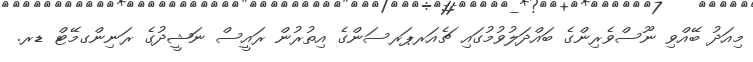
މިއަދު ބޭއްވި ނޫސްވެރިންގެ ބައްދަލުވުމުގައި ޗެއަރޕަރސަންގެ އިތުރުން ރައީސް ނަޝީދުގެ ރަނިންގމޭޓް ޑރ.